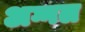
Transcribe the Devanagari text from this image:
अग्गल